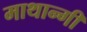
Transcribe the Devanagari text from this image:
माथान्गी